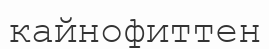
кайнофиттен